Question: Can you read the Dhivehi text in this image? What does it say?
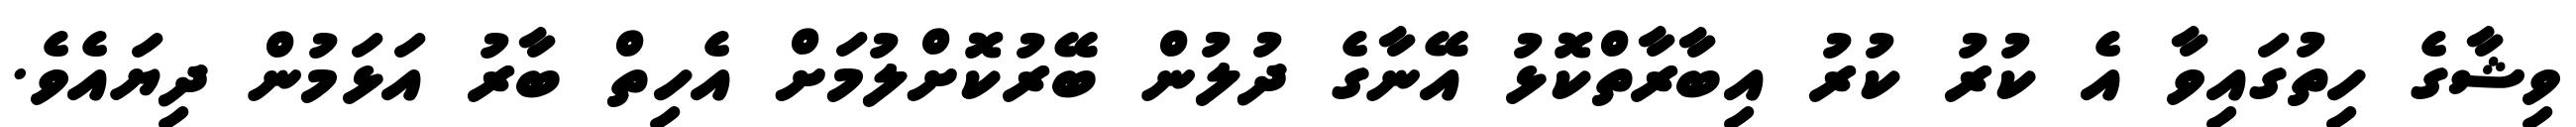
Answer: ވިޝާގެ ހިތުގައިވާ އެ ކުރު ކުރު އިބާރާތްކޮޅު އޭނާގެ ދުލުން ބޭރުކޮށްލުމަށް އެހިތް ބާރު އަޅަމުން ދިޔައެވެ.